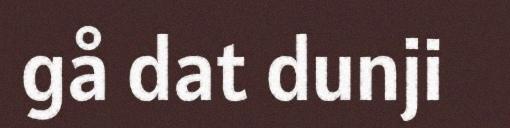
gå dat dunji